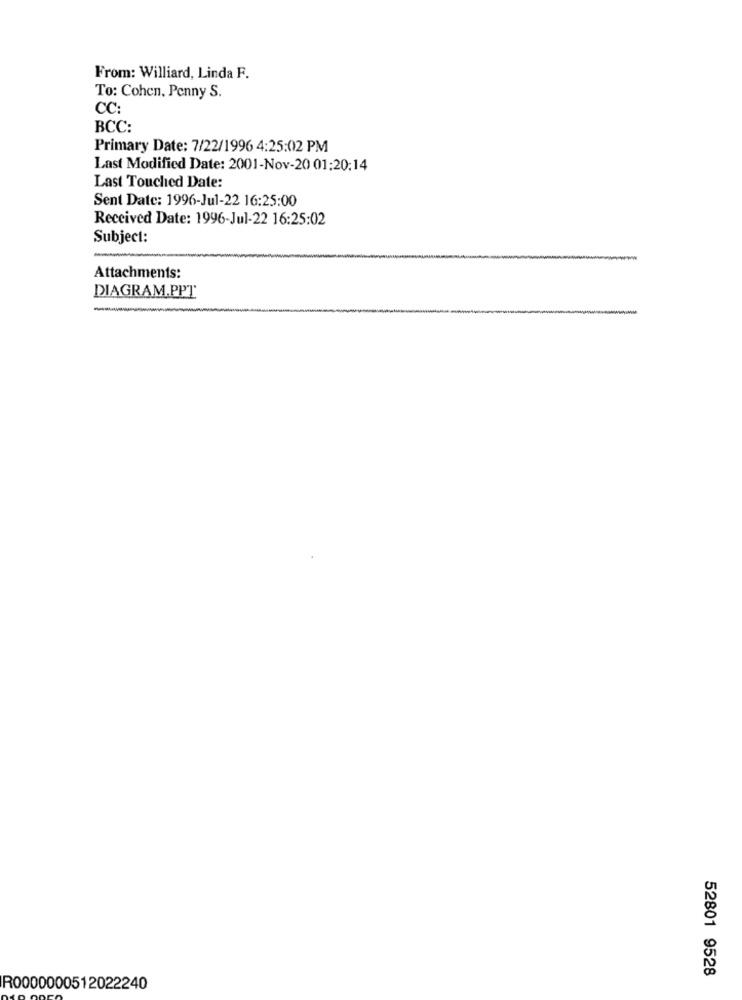
From: Williard, Linda F.
To: Cohen, Penny S.
CC:
BCC:
Primary Date: 7/22/1996 4:25:02 PM
Last Modified Date: 2001-Nov-20 01:20:14
Last Touched Date:
Sent Date: 1996-Jul-22 16:25:00
Received Date: 1996-Jul-22 16:25:02
Subject:
Attachments:
DIAGRAM.PPT
52801 9528
R0000000512022240